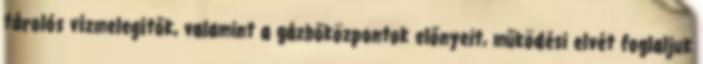
tárolós vízmelegítők, valamint a gázhőközpontok előnyeit, működési elvét foglaljuk